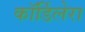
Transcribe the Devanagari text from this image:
कॉर्डिलेरा